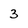
Character: 3